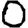
Digit: 0